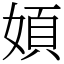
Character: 㛲